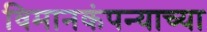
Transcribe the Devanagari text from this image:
विमानकंपन्याच्या